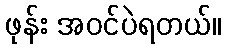
ဖုန်း အဝင်ပဲရတယ်။